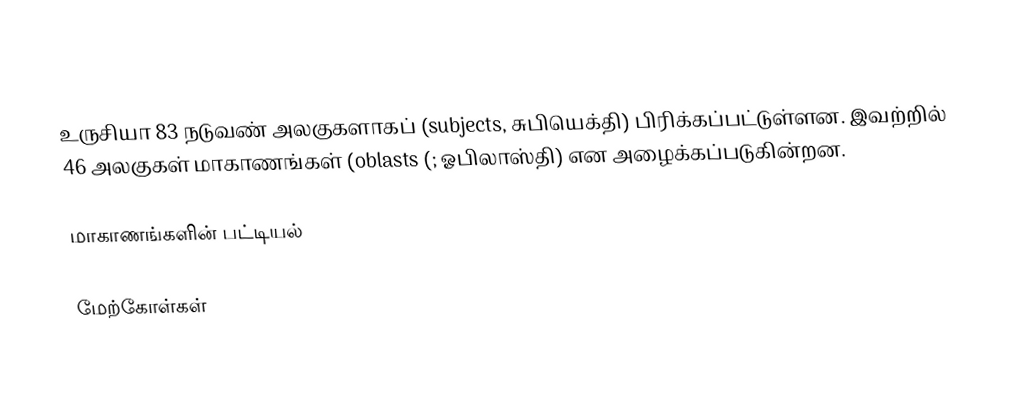
உருசியா 83 நடுவண் அலகுகளாகப் (subjects, சுபியெக்தி) பிரிக்கப்பட்டுள்ளன. இவற்றில் 46 அலகுகள் மாகாணங்கள் (oblasts (; ஓபிலாஸ்தி) என அழைக்கப்படுகின்றன.

மாகாணங்களின் பட்டியல்

மேற்கோள்கள்